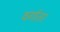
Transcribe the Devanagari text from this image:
वर्गातर